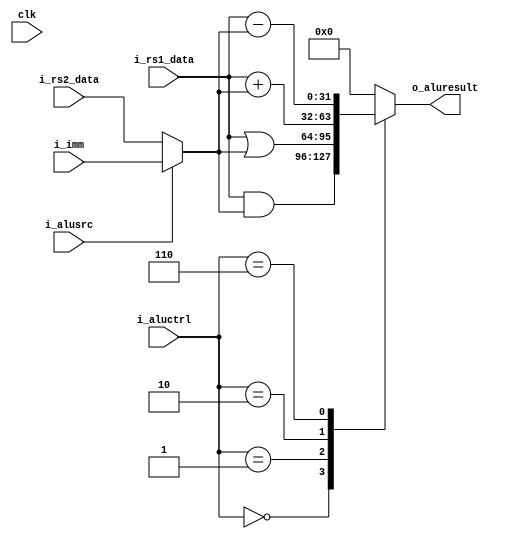
// 0000 AND
// 0001 OR
// 0010 add
// 0110 subtract

// add branch support (SB-type)

module alu(
    input clk, 
    input [31:0] i_rs2_data, 
    input [31:0] i_rs1_data, 
    input [3:0] i_aluctrl, 
    input i_alusrc, 
    input [31:0] i_imm,
    output reg [31:0] o_aluresult
    // output wire o_alucarry
);
    reg [31:0] data2;

    always @ (*) begin 
        if (i_alusrc)
            data2 = i_imm;
        else
            data2 = i_rs2_data;
    end

    // wire [32:0] temp;
    // temp = {0,i_rs1_data} + {0,data2};
    // o_alucarry = temp[32];

    always @ (*) begin
        case(i_aluctrl)
        4'b0000:
            o_aluresult = i_rs1_data & data2;
        4'b0001:
            o_aluresult = i_rs1_data | data2;
        4'b0010:
            o_aluresult = i_rs1_data + data2; 
        4'b0110:
            o_aluresult = i_rs1_data - data2;
        default: o_aluresult = 0; 
        endcase
    end



endmodule